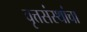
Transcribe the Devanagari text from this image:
वृत्तसंस्थांचा